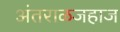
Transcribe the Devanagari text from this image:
अंतराळजहाज